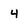
Character: 4